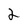
Character: 2